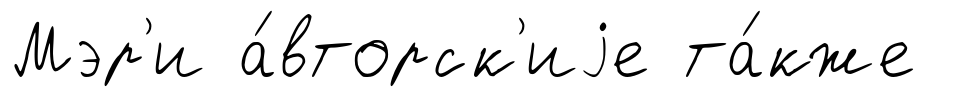
Мэр'и а́вторск'иjе та́кже